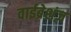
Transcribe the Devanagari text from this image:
वाईब्रेशंज़